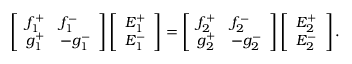
\left[ \begin{array} { l l } { f _ { 1 } ^ { + } } & { f _ { 1 } ^ { - } } \\ { g _ { 1 } ^ { + } } & { - g _ { 1 } ^ { - } } \end{array} \right] \left[ \begin{array} { l } { E _ { 1 } ^ { + } } \\ { E _ { 1 } ^ { - } } \end{array} \right] = \left[ \begin{array} { l l } { f _ { 2 } ^ { + } } & { f _ { 2 } ^ { - } } \\ { g _ { 2 } ^ { + } } & { - g _ { 2 } ^ { - } } \end{array} \right] \left[ \begin{array} { l } { E _ { 2 } ^ { + } } \\ { E _ { 2 } ^ { - } } \end{array} \right] .